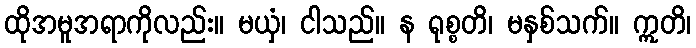
ထိုအမူအရာကိုလည်း။ မယှံ၊ ငါသည်။ န ရုစ္စတိ၊ မနှစ်သက်။ ဣတိ၊